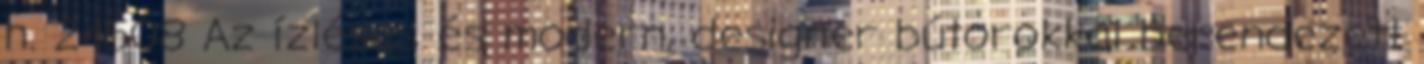
h. 24508 Az ízléses és modern, designer bútorokkal berendezett